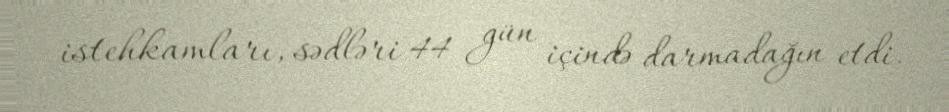
istehkamları, sədləri 44 gün içində darmadağın etdi.